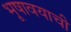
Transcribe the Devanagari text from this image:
भूषावयाची